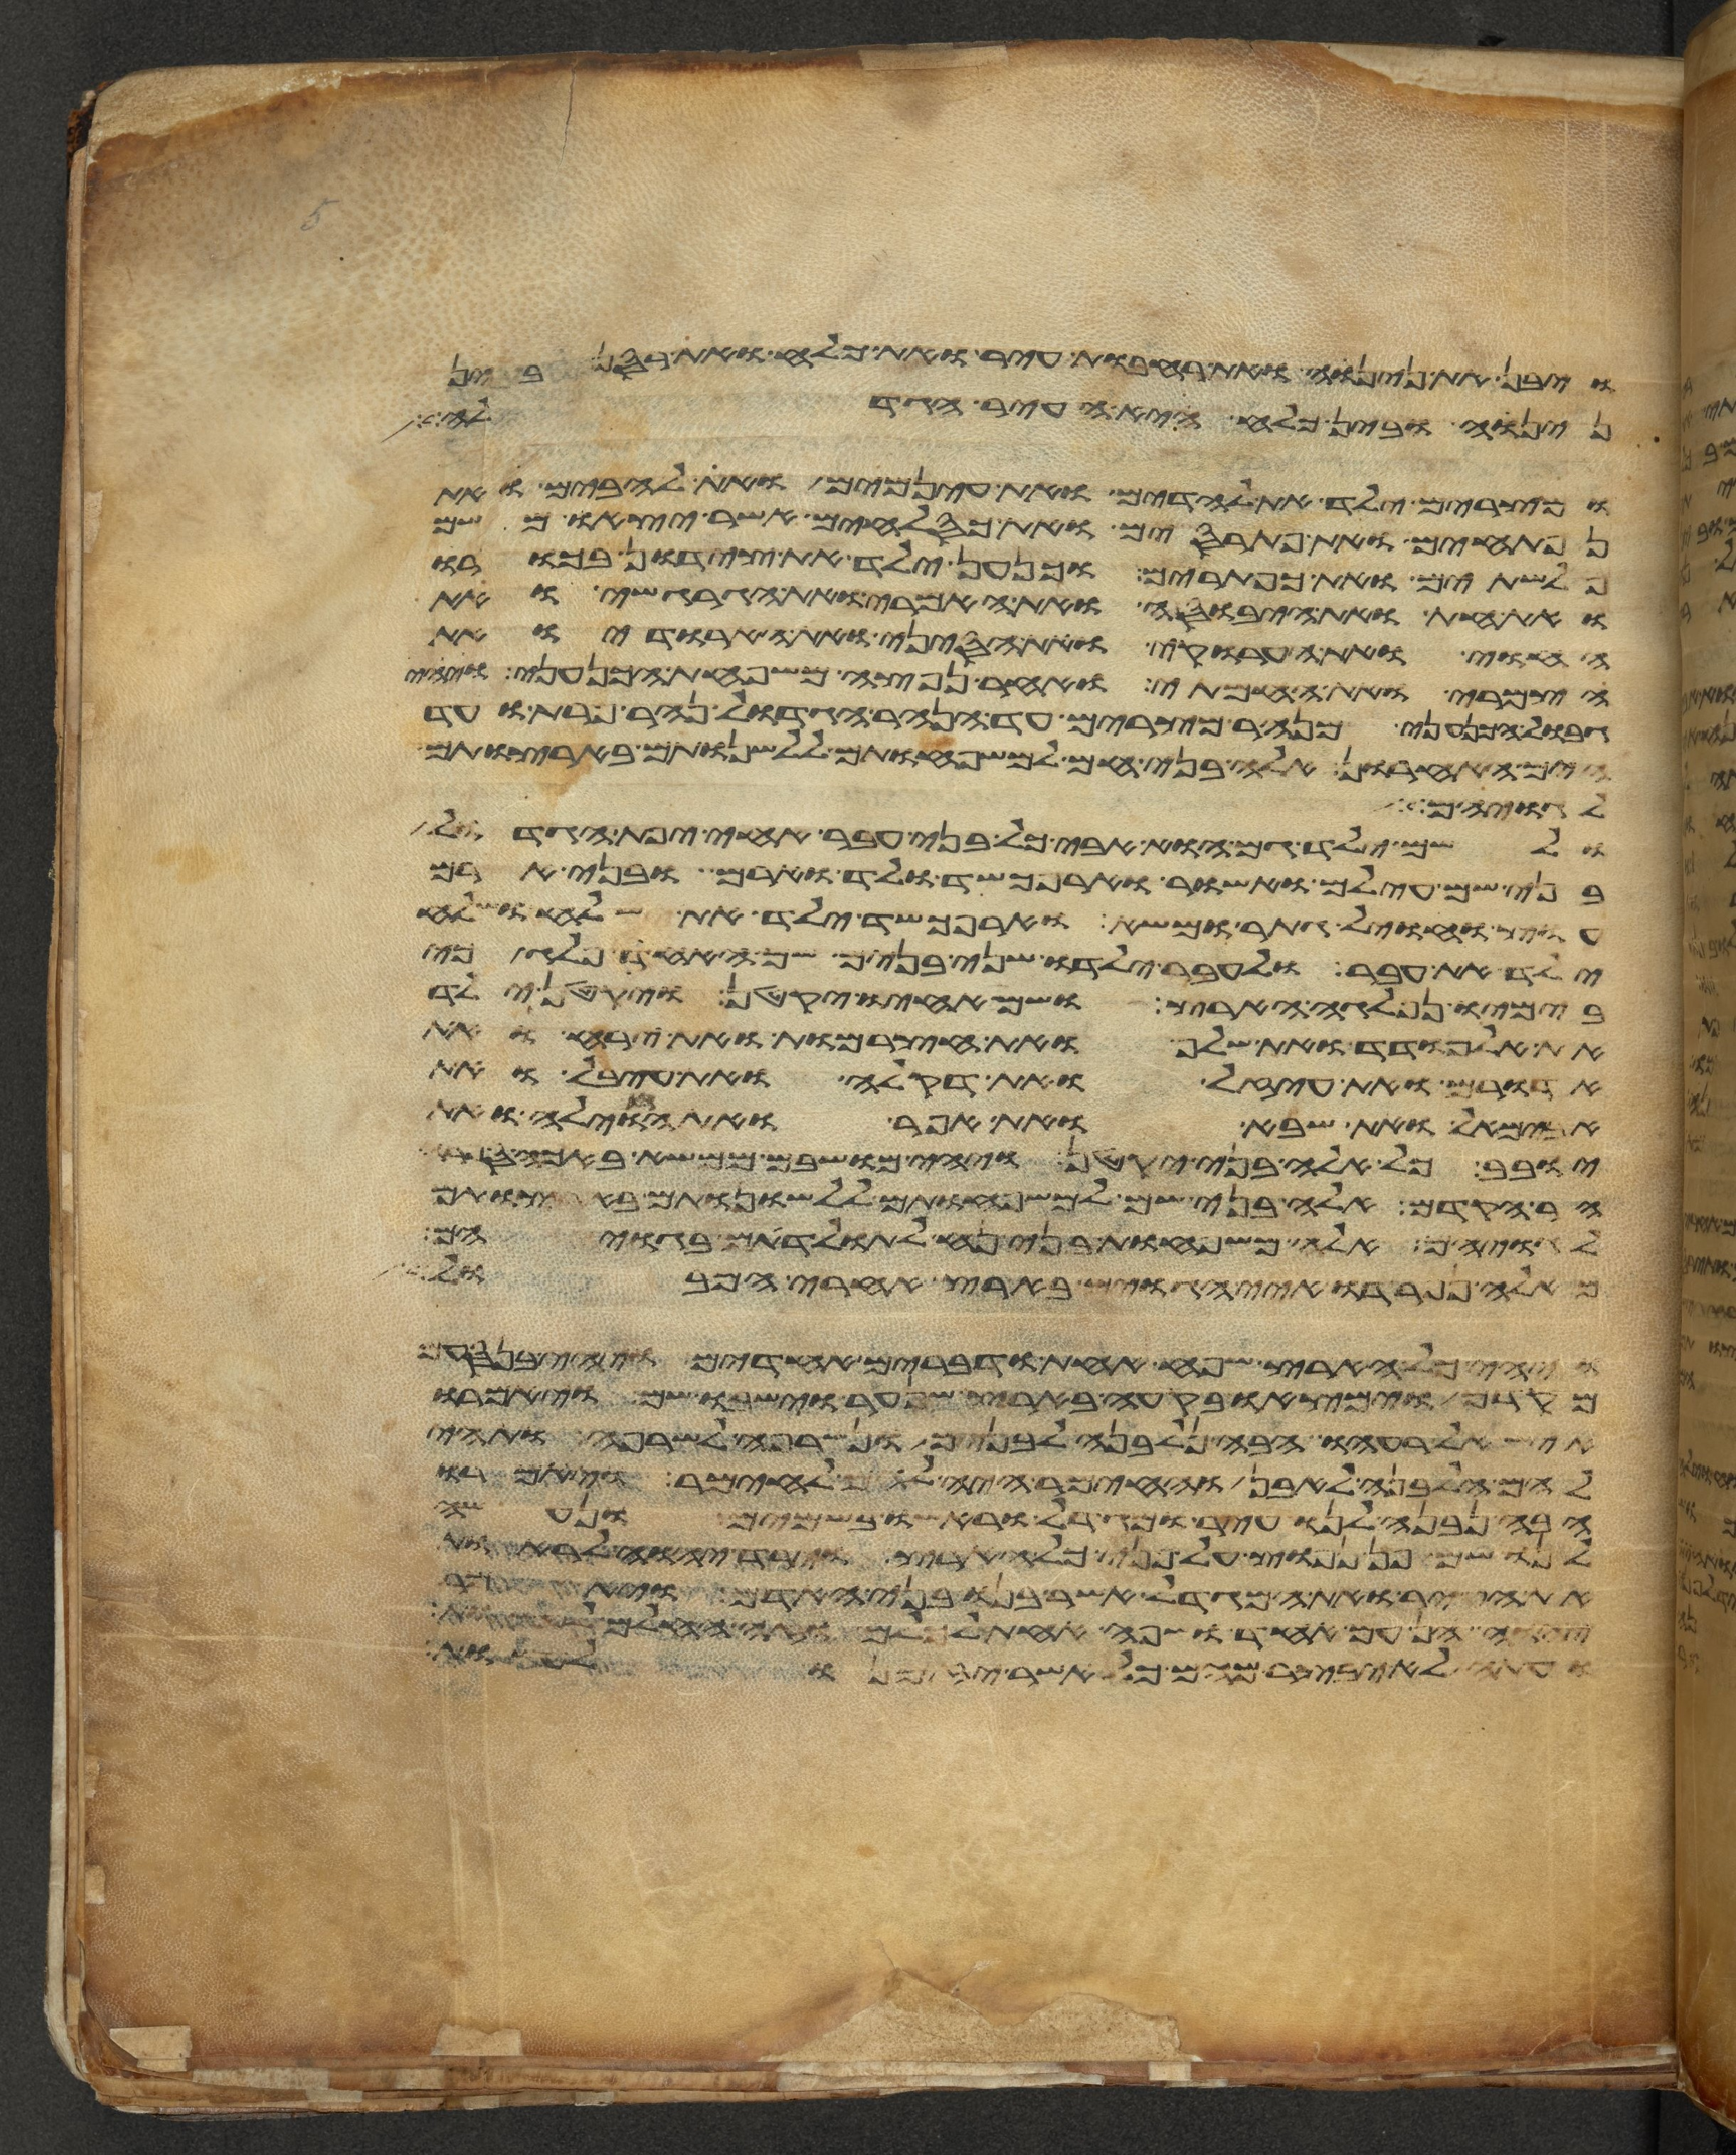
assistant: ויבן את נינוה ואת רחבות עיר ואת כלח ואת רסן
נינוה ובין כלח היא העיר הגדלה
ומצרים ילד את לדים ואת עינמים ואת להבים ואת
נפתחים ואת פתרסים ואת כסלחים אשר יצאו משם
פלשתים ואת כפתרים וכנען ילד את צידון בכורו
ואת החת ואת היבוסי ואת האמרי ואת הגרגשי ואת
החוי ואת הערוקי ואת הסיני ואת הארודי ואת
הצמרי ואת החמתי ואחר נפצה משפחת הכנעני ויהי
גבול הכנעני מנהר מצרים עד הנהר הגדול נהר פרת ועד
הים האחרון אלה בני חם למשפחותם ללשנותם בארצותם
לגויהם
ולשם ילד גם הוא אבי כל בני עבר אחי יפת הגדול
בני שם עילם ואשור וארפכשד ולד וארם ובני ארם
עוץ וחויל גתר ומשא וארפכשד ילד את שלח ושלח
ילד את עבר ולעבר ילדו שני בנים שם האחד פלג כי
בימיו נפלגה הארץ ושם אחיו יקטן ויקטן ילד
את אלמודד ואת שלף ואת חצרמות ואת ירח ואת
אדורם ואת עיזל ואת דקלה ואת עיבל ואת
אבימאל ואת שבא ואת אפר ואת חוילה ואת
יובב כל אלה בני יקטן ויהי מושבם ממשא באכה ספרה
הר הקדם אלה בני שם למשפחותם ללשנותם בארצותם
לגויהם אלה משפחות בני נח לתולדתם בגויהם
מאלה נפרדו איי הגוים בארץ אחרי המבול
ויהי כל הארץ שפה אחת ודברים אחדים ויהי בנסעם
מקדם וימצאו בקעה בארץ שנער וישבו שם ויאמרו
איש אל רעהו הבה נלבנה לבנים ונשרפה לשרפה ותהי
להם הלבנה לאבן והחימר היה להם לחימר ויאמרו
הבה נבנה לנו עיר ומגדל וראשו בשמים ונעשה
לנו שם פן נפוץ על פני כל הארץ וירד יהוה לראות
את העיר ואת המגדל אשר בנו בני האדם ויאמר
יהוה הן עם אחד ושפה אחת לכלם וזה החלם
ועתה לא יבצר מהם כל אשר יזמנו לעשות